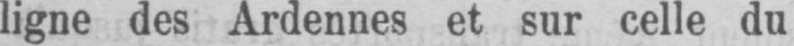
ligne des Ardennes et sur celle du